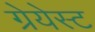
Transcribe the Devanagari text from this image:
ग्रेयेस्ट